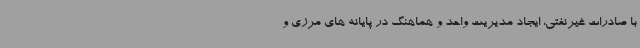
با صادرات غیرنفتی، ایجاد مدیریت واحد و هماهنگ در پایانه های مرزی و